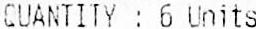
QUANTITY : 6 UNITS